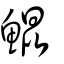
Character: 鯤